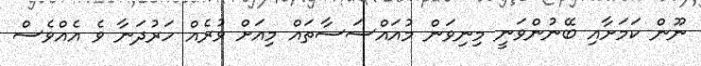
ނޫން ކަމަށާއި ބޭނުންވަނީ މިނިވަން މުއައްސަސާތައް މިއަށް ވުރެއް ހަރުދަނާ ވެ އެއްވެސް